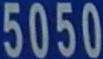
5050